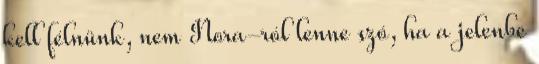
kell félnünk, nem Nora-ról lenne szó, ha a jelenbe